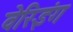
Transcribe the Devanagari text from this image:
वेरिइंग